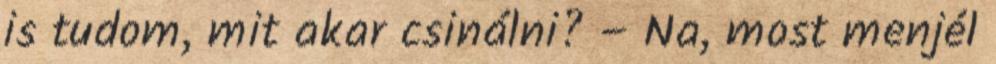
is tudom, mit akar csinálni? – Na, most menjél